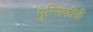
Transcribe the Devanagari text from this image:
मुन्सिफीची